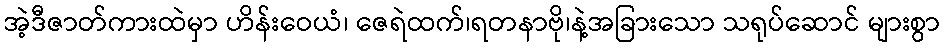
အဲ့ဒီဇာတ်ကားထဲမှာ ဟိန်းဝေယံ၊ ဇေရဲထက်၊ရတနာဗို၊နဲ့အခြားသော သရုပ်ဆောင် များစွာ